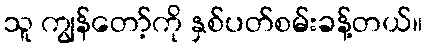
သူ ကျွန်တော့်ကို နှစ်ပတ်စမ်းခန့်တယ်။